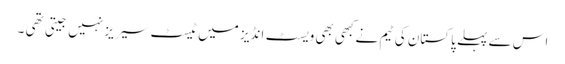
اس سے پہلے پاکستان کی ٹیم نےکبھی بھی ویسٹ انڈیز میں ٹیسٹ سیریز نہیں جیتی تھی ۔